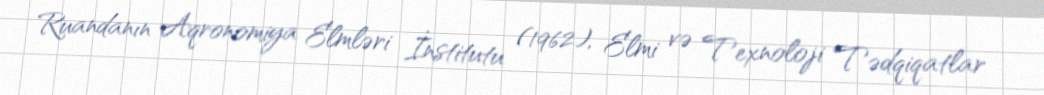
Ruandanın Aqronomiya Elmləri İnstitutu (1962), Elmi və Texnoloji Tədqiqatlar